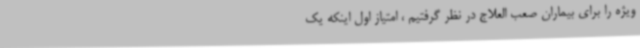
ویژه را برای بیماران صعب العلاج در نظر گرفتیم ، امتیاز اول اینکه یک